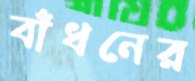
বাঁধনের